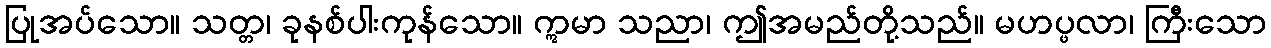
ပြုအပ်သော။ သတ္တ၊ ခုနစ်ပါးကုန်သော။ ဣမာ သညာ၊ ဤအမည်တို့သည်။ မဟပ္ဖလာ၊ ကြီးသော